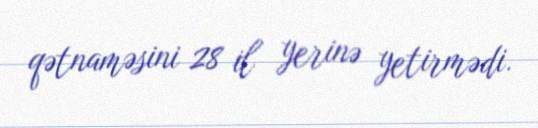
qətnaməsini 28 il yerinə yetirmədi.